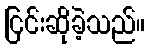
ငြင်းဆိုခဲ့သည်။